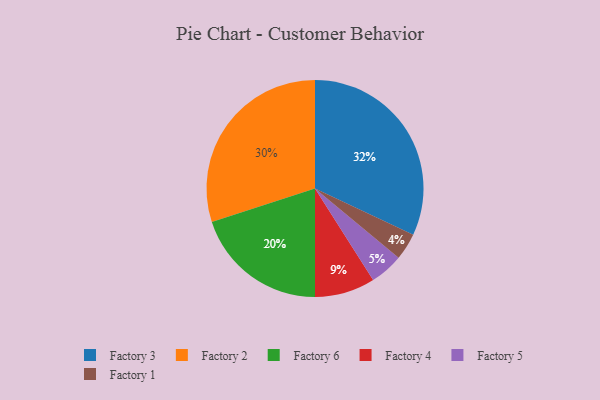
{"axis": {"x": "Category", "y": "Percentage"}, "legend": ["Factory 1", "Factory 2", "Factory 3", "Factory 4", "Factory 5", "Factory 6"], "data": [{"x": "Factory 4", "y": 9, "type": "Factory 4"}, {"x": "Factory 5", "y": 5, "type": "Factory 5"}, {"x": "Factory 1", "y": 4, "type": "Factory 1"}, {"x": "Factory 2", "y": 30, "type": "Factory 2"}, {"x": "Factory 3", "y": 32, "type": "Factory 3"}, {"x": "Factory 6", "y": 20, "type": "Factory 6"}]}